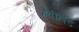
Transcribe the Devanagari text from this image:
हैवीलैंड